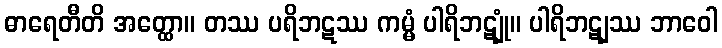
ဓာရေတီတိ အတ္ထော။ တဿ ပရိဘဋဿ ကမ္မံ ပါရိဘဋျုံ။ ပါရိဘဋျဿ ဘာဝေါ